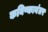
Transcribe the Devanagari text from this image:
कनिष्कानंतर